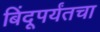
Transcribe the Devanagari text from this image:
बिंदूपर्यंतचा